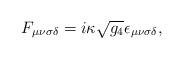
LaTeX: \begin{align*}F_{\mu \nu \sigma \delta} = i\kappa \sqrt{g_4}\epsilon_{\mu \nu\sigma \delta },\end{align*}